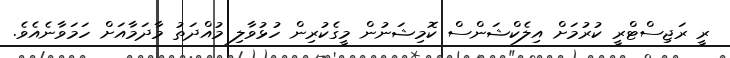
ރީ ރަޖިސްޓްރީ ކުރުމަށް އިލެކްޝަންސް ކޮމިޝަނުން މީގެކުރިން ހުޅުވާލި މުއްދަތު މާދަމާއަށް ހަމަވާނެއެވެ.